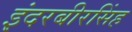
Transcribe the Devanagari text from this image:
इंदरबीरसिंह